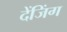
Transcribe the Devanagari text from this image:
देंजिंग